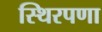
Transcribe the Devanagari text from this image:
स्थिरपणा